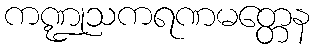
ကဏ္ဍုသကရဏမတ္တေန